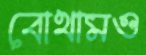
বোথামও